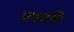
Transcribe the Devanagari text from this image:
पठवनि